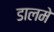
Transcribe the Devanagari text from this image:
डालमे